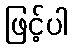
ဖြင့်ပါ